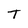
Character: T